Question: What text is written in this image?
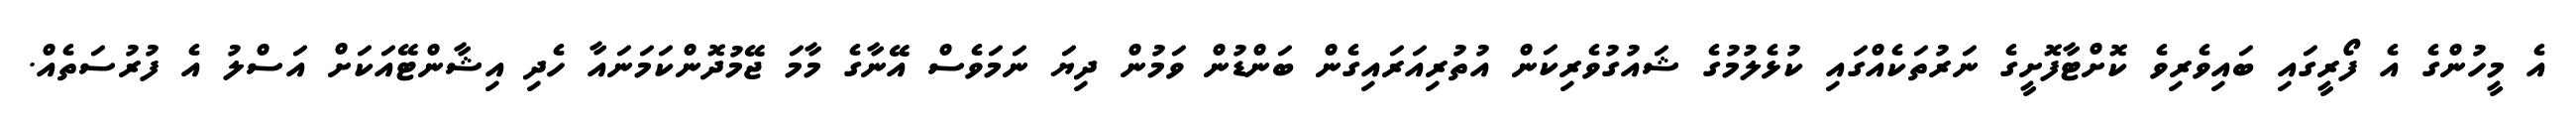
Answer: އެ މީހުންގެ އެ ފޯރީގައި ބައިވެރިވެ ކޮށްޓާފޮށީގެ ނަރުތަކެއްގައި ކުޅެލުމުގެ ޝައުގުވެރިކަން އުތުރިއަރައިގެން ބަންޑުން ވަމުން ދިޔަ ނަމަވެސް އޭނާގެ މާމަ ޖޭމުދޮންކަމަނައާ ހެދި އިޝާންޓޭއަކަށް އަސްލު އެ ފުރުސަތެއް.